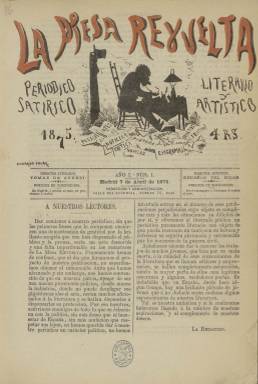
Título: La Mesa revuelta
Colección: Revistas satíricas y humorísticas
Ámbito geográfico: Madrid
Lugar de publicación: Madrid
Fechas: 07/04/1875-20/08/1876

Publica su primer número al comienzo de la Restauración, el siete de abril de 1875, como “periódico satírico, literario y artístico” –tal como indica su subtítulo–, siendo su director literario Tomás de Asensi, y el artístico, Eduardo del Solar. En su saludo a los lectores, se declaran “acérrimos enemigos de todo lo que se relacione con la política”, pretendiendo ofrecer “al ilustrado público un periódico puramente literario” que en esos momentos anda “entristecido por los horrores de la guerra civil”, es decir, la tercera carlista, iniciada en 1872 y que todavía durará hasta marzo de 1876, siendo su ambición o anhelo “dar a conocer los trabajos de muchos jóvenes”.

La nómina de sus colaboradores será muy amplia. Se encuentran entre ellos, Julia de Asensi (1859-1921), hermana del director, que también aparece como administradora de la publicación, Ramón Contreras y Eyriz, Eusebio Sierra, Carlos Peñaranda, Juan Tomás Salvany, Manuel Meléndez, Carlos Vieyra de Abreu, Guillermo Perren y Vico, Miguel Sánchez Pesquera, Rosario de Acuña y Villanueva, Jesús Cencillo Briones, Eduardo López Bago, pero también otros consagrados, como José Selgas o Leopoldo Augusto de Cueto, y también las firmas de Manuel de Palacio, Núñez de Arce, Ventura Ruiz de Aguilera, Aurelio J. Pereira, Liborio C. Porset, I. Juanes de Islas, F. de León y Olalla, F. Moja y Bolívar o El Marqués de Heredia o Luis de Charles, o bajo el seudónimo Mefistófeles.

Para su cabecera se usa una tinta de color, inserta en un dibujo del propio Solar, en el que se incluyen los asuntos de los que trata: poesía, prosa, crítica, teatro, novelas, artes, puntura, epigramas o noticias. Ofrecerá alguna Revista de Madrid y de teatros, y otras de Bibliografía, Espectáculos y Variedades, así como de Charadas. Publica estudios de estilo e historia literaria, da cuenta de la actividad literaria de las poetas de la época y de otras revistas literarias, y llegará a insertar algunos anuncios comerciales en su última plana.

Con foliación continuada, sus entregas son de ocho páginas, compuestas a dos columnas, incluyendo en sus primeros once números un dibujo humorístico de Solar o alguno de E. Casanovas y Astorza, trazado a lápiz y con leyenda al pie, que ocupa una plana completa. A partir de la entrega 17, de siete de agosto, Solar desaparece como director artístico, e inserta como cabecera otra ilustración, ahora firmada por Mariano Teruel, quedando reducido el subtítulo a: “periódico literario”. Como director-propietario, el nombre de Tomás Asensi desaparecerá también de la cabecera a partir de la entrega 34, de 30 de diciembre de ese mismo año 1875, aunque seguirá colaborando en sus páginas. También, a partir de ese número comenzará cada número con un sumario.

Al principio fue estampada en la Imprenta Quirós, y después en la de la Viuda de García, a cargo de T. Pita. Estuvo apareciendo tres o cuatro veces al mes, y la colección de este título en la Biblioteca Nacional de España alcanza hasta la entrega 57 (un total de 184 páginas), correspondiente al 20 de agosto de 1876.